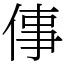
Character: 倳